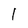
Character: 1